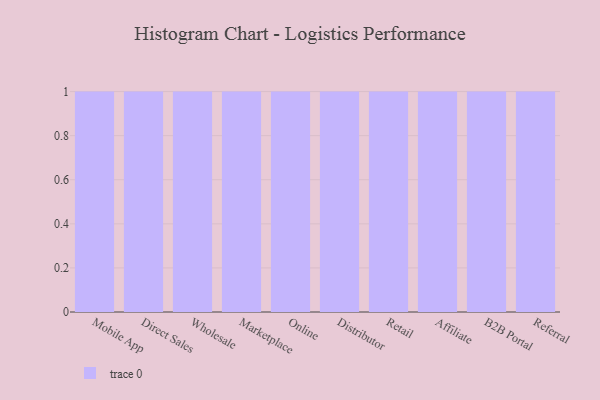
{"axis": {"x": "Channel", "y": "Budget (USD K)"}, "legend": [""], "data": [{"x": "Mobile App", "y": 47, "type": ""}, {"x": "Direct Sales", "y": 100, "type": ""}, {"x": "Wholesale", "y": 53, "type": ""}, {"x": "Marketplace", "y": 62, "type": ""}, {"x": "Online", "y": 2, "type": ""}, {"x": "Distributor", "y": 99, "type": ""}, {"x": "Retail", "y": 66, "type": ""}, {"x": "Affiliate", "y": 68, "type": ""}, {"x": "B2B Portal", "y": 7, "type": ""}, {"x": "Referral", "y": 41, "type": ""}]}